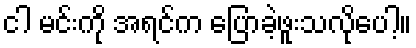
ငါ မင်းကို အရင်က ပြောခဲ့ဖူးသလိုပေါ့။